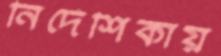
নির্দেশিকায়